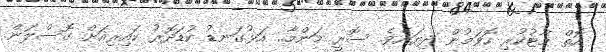
އޮތް މާޓުކުރި ހޮވަމުން ދިޔައެވެ. ސޮރީ މަންމާ.. އަޅުގަނޑު ކުޑަދޮރު ކައިރިއަށް ގޮސްލަން